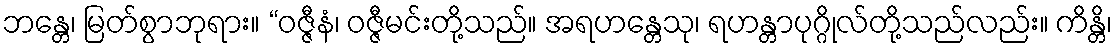
ဘန္တေ၊ မြတ်စွာဘုရား။ “ဝဇ္ဇီနံ၊ ဝဇ္ဇီမင်းတို့သည်။ အရဟန္တေသု၊ ရဟန္တာပုဂ္ဂိုလ်တို့သည်လည်း။ ကိန္တိ၊